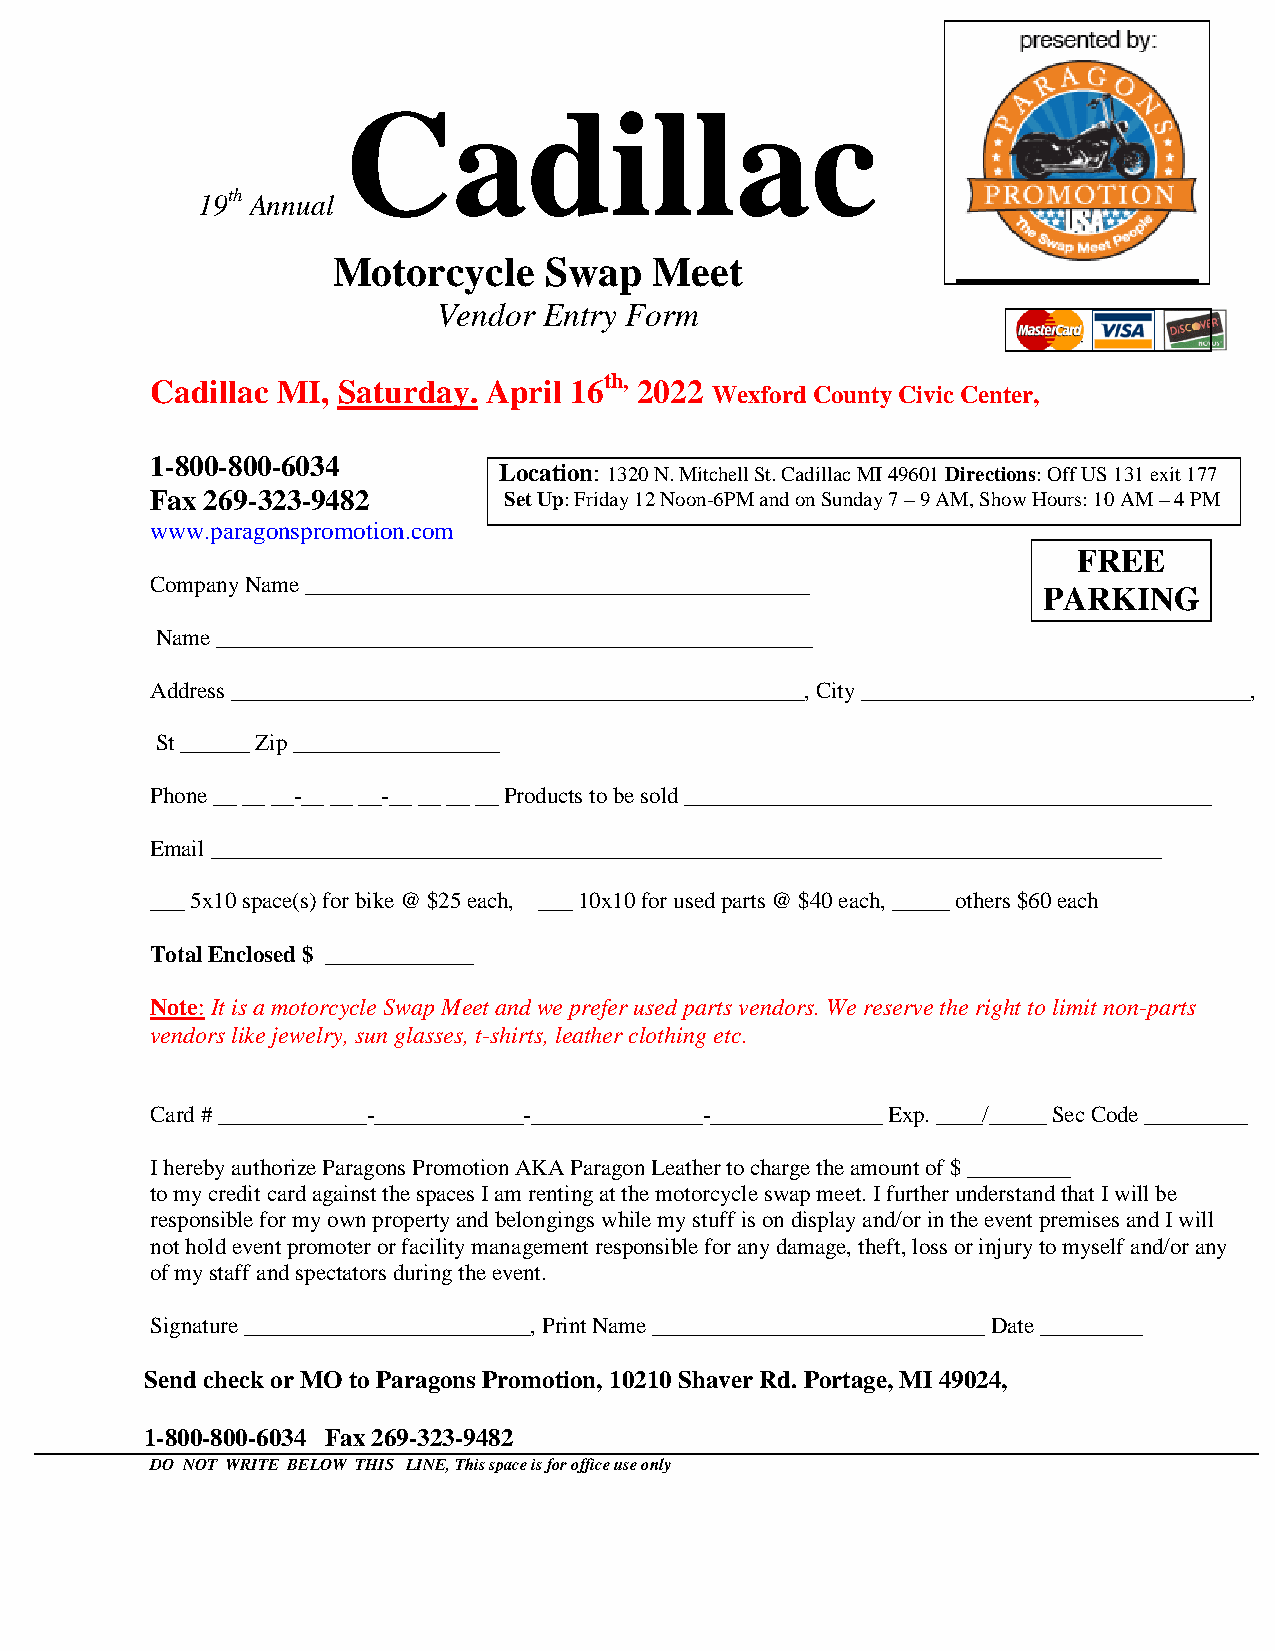
Cadillac
 19th Annual
 Motorcycle    Swap   Meet
 Vendor Entry Form
 th,
 Cadillac MI, Saturday. April 16 2022
 Wexford County Civic Center,
 1-800-800-6034
 Location: 1320 N. Mitchell St. Cadillac MI 49601 Directions: Off US 131 exit 177
 Fax 269-323-9482       Set Up: Friday 12 Noon-6PM and on Sunday 7 – 9 AM, Show Hours: 10 AM – 4 PM
 www.paragonspromotion.com
 FREE
 Company Name ____________________________________________
 PARKING
 Name ____________________________________________________
 Address __________________________________________________, City __________________________________,
 St ______ Zip __________________
 Phone __ __ __-__ __ __-__ __ __ __ Products to be sold ______________________________________________
 Email ___________________________________________________________________________________
 ___ 5x10 space(s) for bike @ $25 each, ___ 10x10 for used parts @ $40 each, _____ others $60 each
 Total Enclosed $ _____________
 Note: It is a motorcycle Swap Meet and we prefer used parts vendors. We reserve the right to limit non-parts
 vendors like jewelry, sun glasses, t-shirts, leather clothing etc.
 Card # _____________-_____________-_______________-_______________ Exp. ____/_____ Sec Code _________
 I hereby authorize Paragons Promotion AKA Paragon Leather to charge the amount of $ _________
 to my credit card against the spaces I am renting at the motorcycle swap meet. I further understand that I will be
 responsible for my own property and belongings while my stuff is on display and/or in the event premises and I will
 not hold event promoter or facility management responsible for any damage, theft, loss or injury to myself and/or any
 of my staff and spectators during the event.
 Signature _________________________, Print Name _____________________________ Date _________
 Send check or MO to Paragons Promotion, 10210 Shaver Rd. Portage, MI 49024,
 1-800-800-6034 Fax 269-323-9482
 DO NOT WRITE BELOW THIS LINE, This space is for office use only